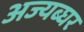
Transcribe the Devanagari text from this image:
अज्यब्घर